system: You are a helpful assistant.
user:
Analyze the provided spectrum to determine if it is a **Carbon Star (C-type)**.

- **Key Visual Indicators of Carbon Star:**
    - **(Primary):** Strong molecular absorption from **C₂ (diatomic carbon) "Swan Bands."** This is the **defining feature** of a carbon star.
        - **(Key Bandheads):** Sharp absorption edges are visible at approximately $5635$ Å, $5165$ Å (the strongest band), and $4737$ Å.
        - **(Line Profile):** Creates a distinct **"saw-tooth"** pattern. The key morphology is a sharp, steep bandhead on the **red (long-wavelength) side**, which then gradually tapers off (i.e., flux recovers) towards the **blue (short-wavelength) side**. *(This is the direct opposite of the TiO bands seen in M-type stars)*.

    - **(Secondary):** Intense **CN (cyanogen)** molecular absorption bands.
        - **(Key Bandheads):** Located in the blue and violet regions of the spectrum (e.g., near $4215$ Å and $3883$ Å).
        - **(Morphology):** These bands are extremely broad and act as a "blanket," absorbing the vast majority of blue and violet light. This creates a characteristic **"cliff"** or **"steep drop-off"** in the spectrum's flux at short wavelengths.

    - **(Key Confirmation):** Strong **CH absorption band (G-band)**.
        - **(Key Bandhead):** Located around $4300$ Å. The contribution from CH molecules to this band is exceptionally strong.

    - **(Overall Spectrum):**
        - The continuum is severely "chopped up" by these deep molecular bands, especially C₂, rather than appearing as a smooth curve.
        - Due to the heavy CN and C₂ absorption in the blue-green, the vast majority of the star's flux is concentrated in the red part of the spectrum, giving the star its characteristic deep red color.

Think first, call **spectral_visualization_tool** if needed to examine features in detail, then provide your final answer. Your response must adhere to the following strict rules:
1.  **Overall Structure:** Your response must follow the format `<think>...</think> <tool_call>...</tool_call> (if a tool is used) <answer>...</answer>`.
2.  **Tool Usage Constraint:** You may only make **one** tool call per turn.
3.  **Final Answer Format:** In the `<answer>` tag, your conclusion must be inside a `\boxed{}` command (e.g., `\boxed{YES}`), followed by your justification.

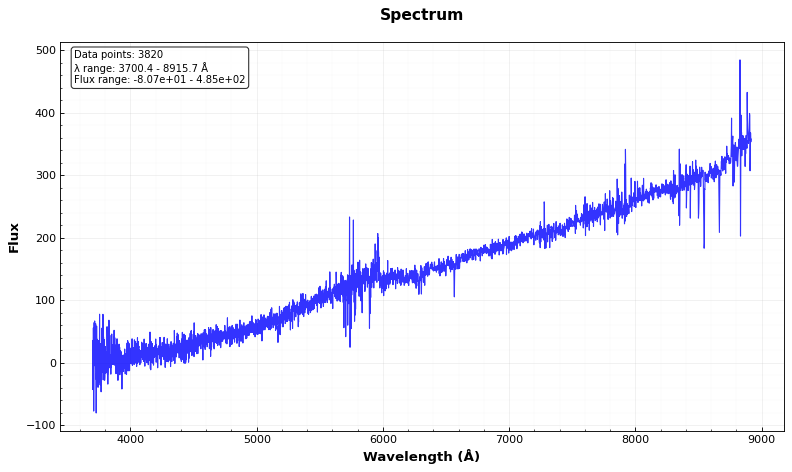
Answer: NO